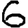
Digit: 6